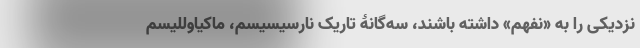
نزدیکی را به «نفهم» داشته باشند، سه‌گانۀ تاریکِ نارسیسیسم، ماکیاوللیسم